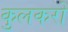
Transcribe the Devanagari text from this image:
कुलकरों